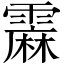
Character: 𲊇